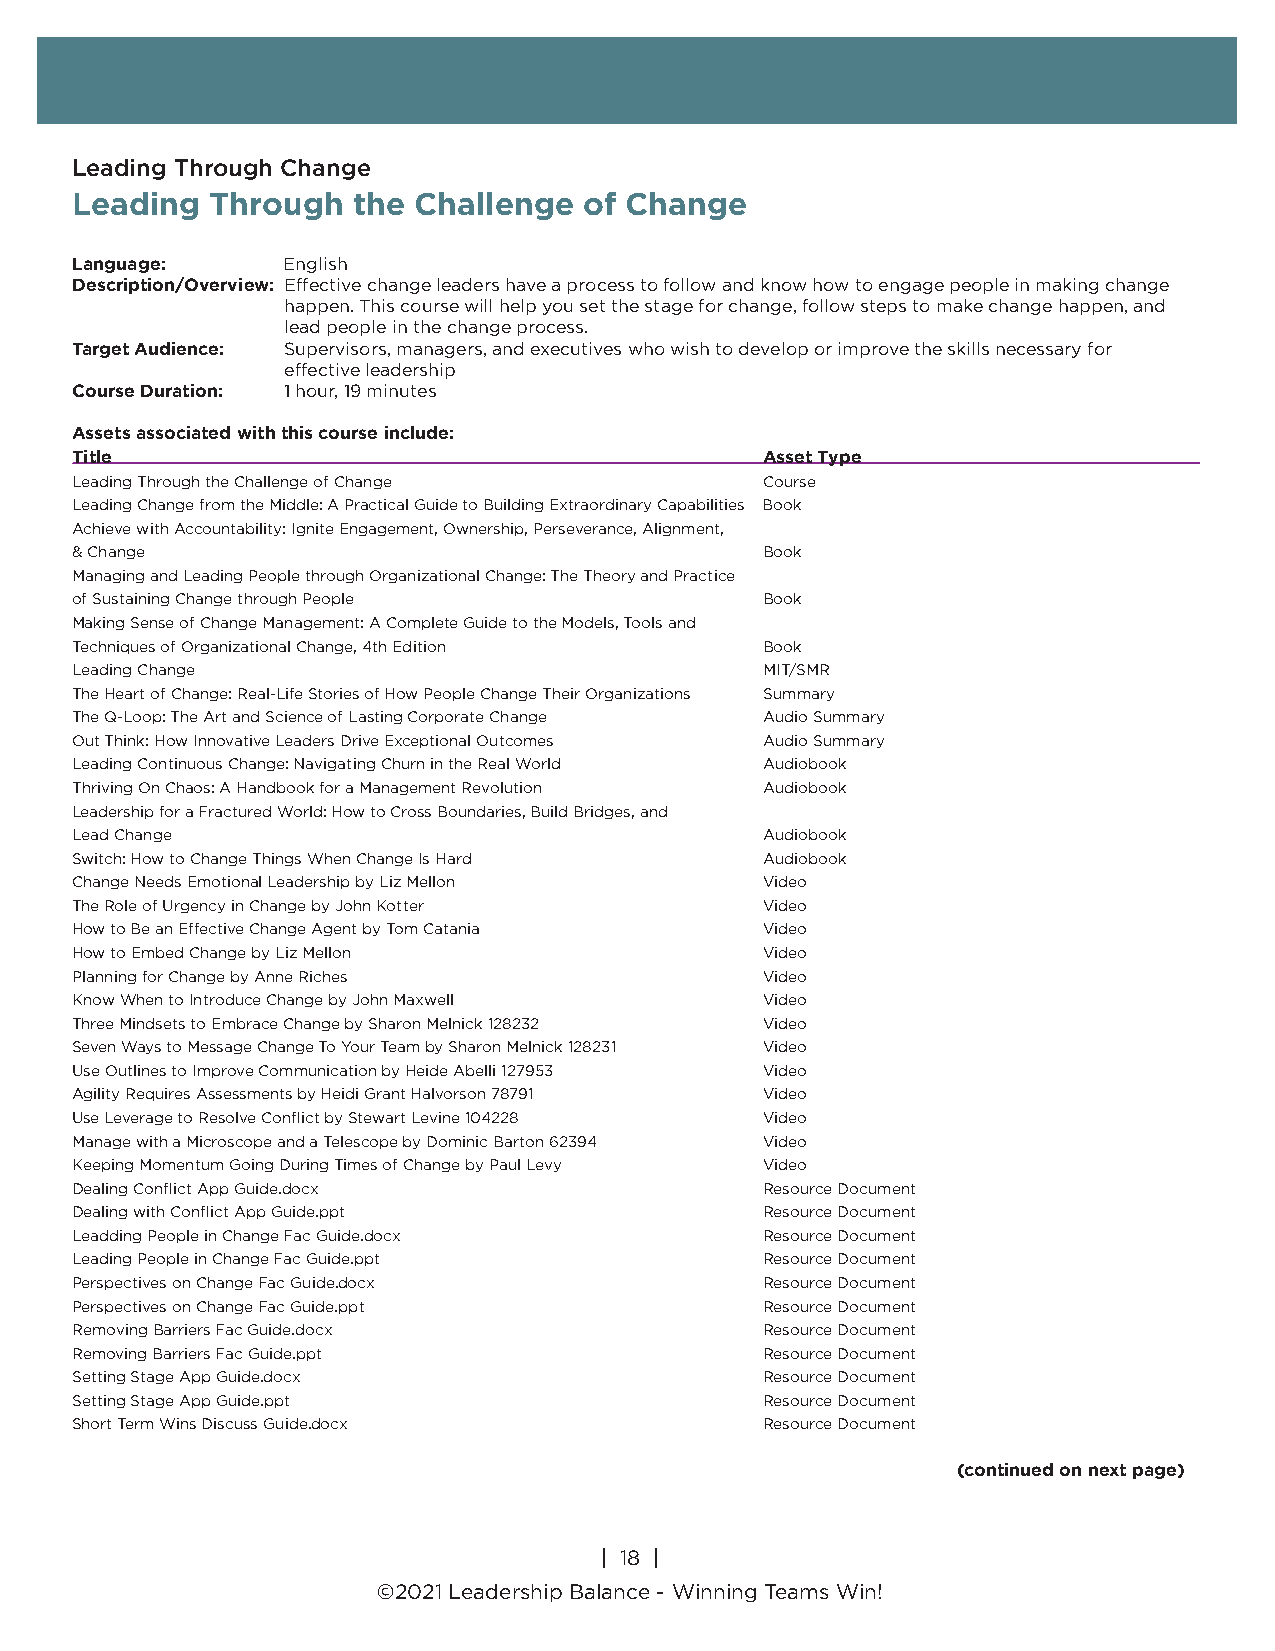
Leading Through Change
 Leading  Through  the Challenge   of Change
 Language:     English
 Description/Overview: Effective change leaders have a process to follow and know how to engage people in making change
 happen. This course will help you set the stage for change, follow steps to make change happen, and
 lead people in the change process.
 Target Audience: Supervisors, managers, and executives who wish to develop or improve the skills necessary for
 effective leadership
 Course Duration: 1 hour, 19 minutes
 Assets associated with this course include:
 Title                                         Asset Type
 Leading Through the Challenge of Change       Course
 Leading Change from the Middle: A Practical Guide to Building Extraordinary Capabilities Book
 Achieve with Accountability: Ignite Engagement, Ownership, Perseverance, Alignment,
 & Change                                      Book
 Managing and Leading People through Organizational Change: The Theory and Practice
 of Sustaining Change through People           Book
 Making Sense of Change Management: A Complete Guide to the Models, Tools and
 Techniques of Organizational Change, 4th Edition Book
 Leading Change                                MIT/SMR
 The Heart of Change: Real-Life Stories of How People Change Their Organizations Summary
 The Q-Loop: The Art and Science of Lasting Corporate Change Audio Summary
 Out Think: How Innovative Leaders Drive Exceptional Outcomes Audio Summary
 Leading Continuous Change: Navigating Churn in the Real World Audiobook
 Thriving On Chaos: A Handbook for a Management Revolution Audiobook
 Leadership for a Fractured World: How to Cross Boundaries, Build Bridges, and
 Lead Change                                   Audiobook
 Switch: How to Change Things When Change Is Hard Audiobook
 Change Needs Emotional Leadership by Liz Mellon Video
 The Role of Urgency in Change by John Kotter  Video
 How to Be an Effective Change Agent by Tom Catania Video
 How to Embed Change by Liz Mellon             Video
 Planning for Change by Anne Riches            Video
 Know When to Introduce Change by John Maxwell Video
 Three Mindsets to Embrace Change by Sharon Melnick 128232 Video
 Seven Ways to Message Change To Your Team by Sharon Melnick 128231 Video
 Use Outlines to Improve Communication by Heide Abelli 127953 Video
 Agility Requires Assessments by Heidi Grant Halvorson 78791 Video
 Use Leverage to Resolve Conflict by Stewart Levine 104228 Video
 Manage with a Microscope and a Telescope by Dominic Barton 62394 Video
 Keeping Momentum Going During Times of Change by Paul Levy Video
 Dealing Conflict App Guide.docx               Resource Document
 Dealing with Conflict App Guide.ppt           Resource Document
 Leadding People in Change Fac Guide.docx      Resource Document
 Leading People in Change Fac Guide.ppt        Resource Document
 Perspectives on Change Fac Guide.docx         Resource Document
 Perspectives on Change Fac Guide.ppt          Resource Document
 Removing Barriers Fac Guide.docx              Resource Document
 Removing Barriers Fac Guide.ppt               Resource Document
 Setting Stage App Guide.docx                  Resource Document
 Setting Stage App Guide.ppt                   Resource Document
 Short Term Wins Discuss Guide.docx            Resource Document
 (continued on next page)
 | 18 |
 ©2018 Leadership Balance®, division of Liderança Group, Inc.
 | 18 |
 ©2021 Leadership Balance - Winning Teams Win!